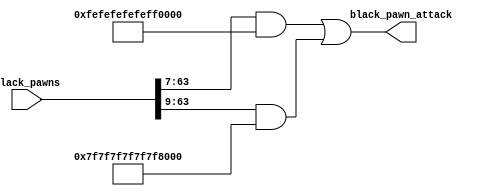
module Black_Pawn_Attack(
    //inputs
    black_pawns,
    //outputs
    black_pawn_attack);

input [63:0] black_pawns;
output reg [63:0] black_pawn_attack;

always @* begin
    black_pawn_attack = ((black_pawns >> 7) & 64'hfefefefefefefefe) | ((black_pawns >> 9) & 64'h7f7f7f7f7f7f7f7f);
end

endmodule